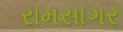
રામસાગર